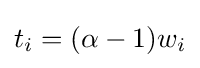
t_{i}=(\alpha -1)w_{i}